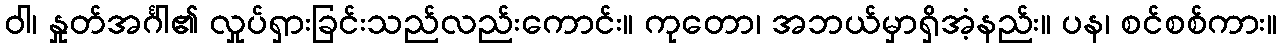
ဝါ၊ နှုတ်အင်္ဂါ၏ လှုပ်ရှားခြင်းသည်လည်းကောင်း။ ကုတော၊ အဘယ်မှာရှိအံ့နည်း။ ပန၊ စင်စစ်ကား။